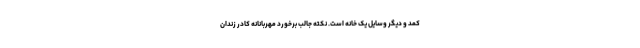
کمد و دیگر وسایل یک خانه است. نکته جالب برخورد مهربانانه کادر زندان